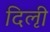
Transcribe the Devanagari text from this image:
दिऌी